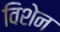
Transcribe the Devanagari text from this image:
विशेन